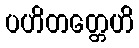
ပဟိတတ္တေဟိ